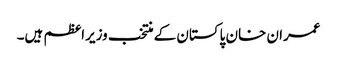
عمران خان پاکستان کے منتخب وزیراعظم ہیں۔